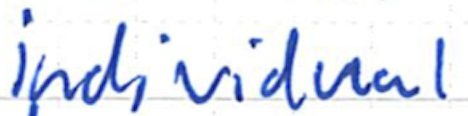
Text: individual
Cross-out: clean
Writing tool: ballpoint